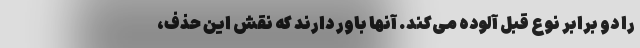
را دو برابر نوع قبل آلوده می‌کند. آنها باور دارند که نقش این حذف،